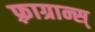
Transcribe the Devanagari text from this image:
फ़्राग्रान्स्